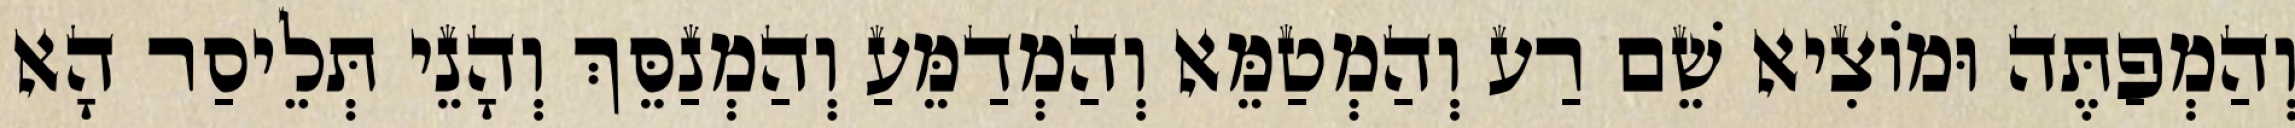
וְהַמְפַתֶּה וּמוֹצִיא שֵׁם רַע וְהַמְטַמֵּא וְהַמְדַמֵּעַ וְהַמְנַסֵּךְ וְהָנֵי תְּלֵיסַר הָא